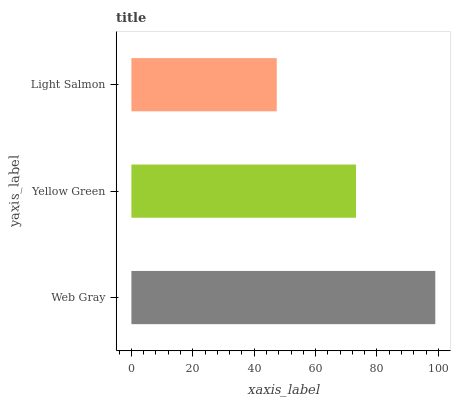
| yaxis_label | bars |
 | --- | --- |
 | Web Gray | 99 |
 | Yellow Green | 73.2 |
 | Light Salmon | 47.4 |